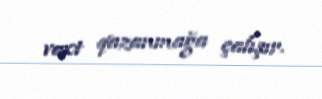
vaxt qazanmağa çalışır.